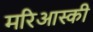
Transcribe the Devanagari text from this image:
मरिआस्की